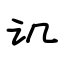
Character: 讥